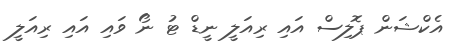
އެކްޝަން ޕޮލިސް އައި ރިއަލީ ނީޑް ޓު ނޯ ވައި އައި ރިއަލީ